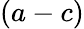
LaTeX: (a-c)